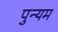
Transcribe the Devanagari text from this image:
पुन्यम